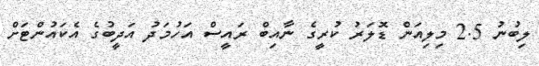
ލިބުނު 2.5 މިލިއަން ޑޮލަރު ކުރީގެ ނާއިބް ރައީސް އަހުމަދު އަދީބުގެ އެކައުންޓަށް